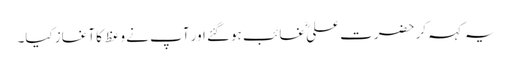
یہ کہہ کر حضرت علیؓ غائب ہوگئے اور آپ نے وعظ کا آغاز کیا۔